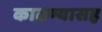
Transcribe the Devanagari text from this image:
काढण्यासह